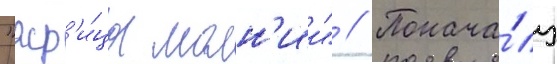
"жр'и́ца молн'ии" // Понача́лу